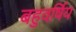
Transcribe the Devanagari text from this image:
बहुवर्षिय